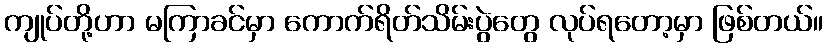
ကျုပ်တို့ဟာ မကြာခင်မှာ ကောက်ရိတ်သိမ်းပွဲတွေ လုပ်ရတော့မှာ ဖြစ်တယ်။